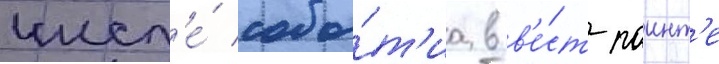
числ'е́ собы́т'иа в в'е́ст-поинт'е